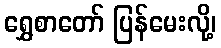
ရွှေစာတော် ပြန်မေးလို့၊